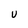
Character: U